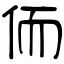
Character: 侕